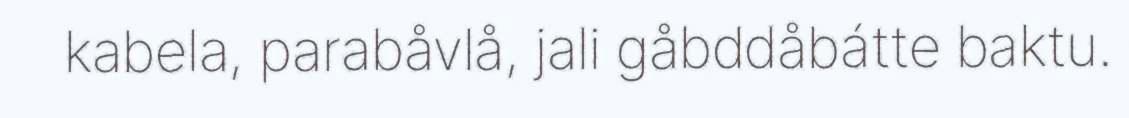
kabela, parabåvlå, jali gåbddåbátte baktu.